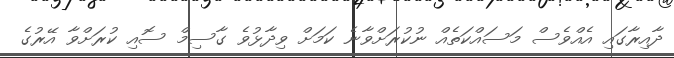
ދާއިރާގައި އެއްވެސް މަސައްކަތެއް ނުކުރަށްވާނެ ކަމަށް ވިދާޅުވެ ގާސިމް ސޮއި ކުރަށްވާ އޭރުގެ